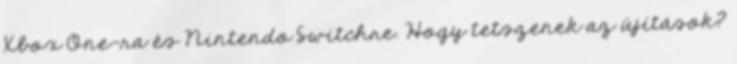
Xbox One-ra és Nintendo Switchre. Hogy tetszenek az újítások?